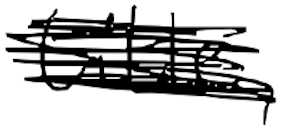
Text: title,
Cross-out: scratch
Writing tool: digital_black